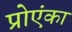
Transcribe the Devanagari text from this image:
प्रोएंका